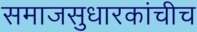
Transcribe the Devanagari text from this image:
समाजसुधारकांचीच